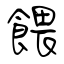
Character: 餵